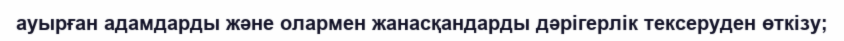
ауырған адамдарды және олармен жанасқандарды дәрігерлік тексеруден өткізу;